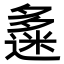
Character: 𡗅